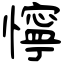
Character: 懧